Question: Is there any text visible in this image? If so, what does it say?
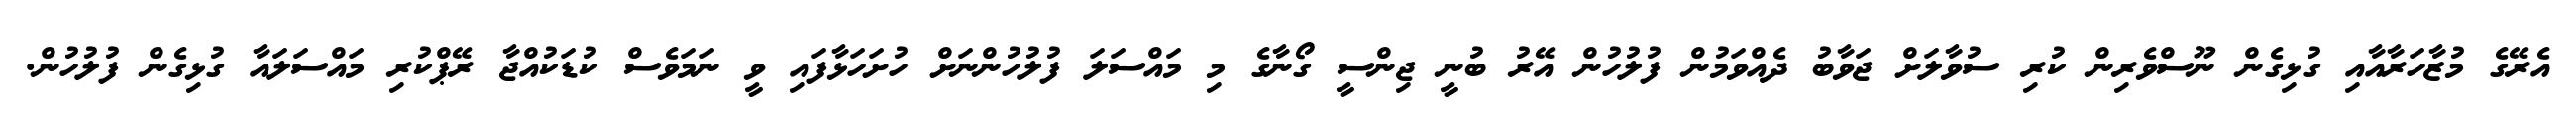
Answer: އެރޭގެ މުޒާހަރާއާއި ގުޅިގެން ނޫސްވެރިން ކުރި ސުވާލަށް ޖަވާބު ދެއްވަމުން ފުލުހުން އޭރު ބުނީ ޖިންސީ ގޯނާގެ މި މައްސަލަ ފުލުހުންނަށް ހުށަހަޅާފައި ވީ ނަމަވެސް ކުޑަކުއްޖާ ރޭޕްކުރި މައްސަލައާ ގުޅިގެން ފުލުހުން.